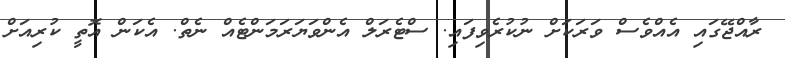
ރާއްޖޭގައި އެއްވެސް ވަރަކަށް ނުކުރެވިފައި. ސްޓެރަލް އެންވަޔަރަމަންޓެއް ނެތް. އެކަން އޮތީ ކުރިއަށް